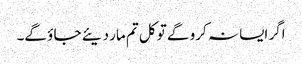
اگر ایسا نہ کرو گے تو کل تم مار دیئے جا ؤ گے۔